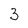
Character: 3